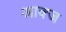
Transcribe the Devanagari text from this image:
आक्ज